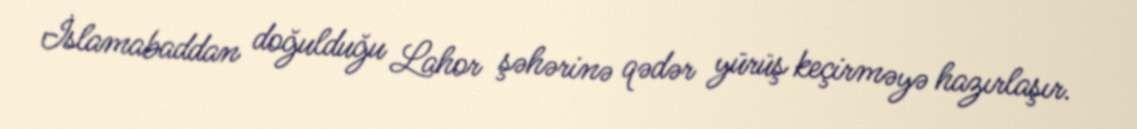
İslamabaddan doğulduğu Lahor şəhərinə qədər yürüş keçirməyə hazırlaşır.